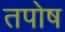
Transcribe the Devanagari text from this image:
तपोष